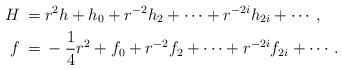
LaTeX: \begin{align*} H \: = \: & r^2h + h_{0} + r^{-2}h_{2} + \cdots + r^{-2i}h_{2i} + \cdots, \\f \: = \: & - \frac14 r^2 + f_{0} + r^{-2}f_{2} + \cdots + r^{-2i}f_{2i} + \cdots. \end{align*}